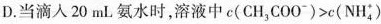
D.当滴入20mL氨水时，溶液中$$c ( C H _ { 3 } C O O ^ { - } ) > c ( N H _ { 4 } ^ { + } )$$